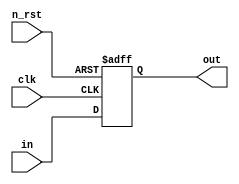
module p_register_27_bits (out, in, clk, n_rst) ;
output reg [26:0]	out ;
input	[26:0]	in ;
input			clk, n_rst ;

// flipflop 	ff_00	(out[00], in[00], clk, n_rst) ;
// flipflop 	ff_01	(out[01], in[01], clk, n_rst) ;
// flipflop 	ff_02	(out[02], in[02], clk, n_rst) ;
// flipflop 	ff_03	(out[03], in[03], clk, n_rst) ;
// flipflop 	ff_04	(out[04], in[04], clk, n_rst) ;
// flipflop 	ff_05	(out[05], in[05], clk, n_rst) ;
// flipflop 	ff_06	(out[06], in[06], clk, n_rst) ;
// flipflop 	ff_07	(out[07], in[07], clk, n_rst) ;
// flipflop 	ff_08	(out[08], in[08], clk, n_rst) ;
// flipflop 	ff_09	(out[09], in[09], clk, n_rst) ;
// flipflop 	ff_10	(out[10], in[10], clk, n_rst) ;
// flipflop 	ff_11	(out[11], in[11], clk, n_rst) ;
// flipflop 	ff_12	(out[12], in[12], clk, n_rst) ;
// flipflop 	ff_13	(out[13], in[13], clk, n_rst) ;
// flipflop 	ff_14	(out[14], in[14], clk, n_rst) ;
// flipflop 	ff_15	(out[15], in[15], clk, n_rst) ;
// flipflop 	ff_16	(out[16], in[16], clk, n_rst) ;
// flipflop 	ff_17	(out[17], in[17], clk, n_rst) ;
// flipflop 	ff_18	(out[18], in[18], clk, n_rst) ;
// flipflop 	ff_19	(out[19], in[19], clk, n_rst) ;
// flipflop 	ff_20	(out[20], in[20], clk, n_rst) ;
// flipflop 	ff_21	(out[21], in[21], clk, n_rst) ;
// flipflop 	ff_22	(out[22], in[22], clk, n_rst) ;
// flipflop 	ff_23	(out[23], in[23], clk, n_rst) ;
// flipflop 	ff_24	(out[24], in[24], clk, n_rst) ;
// flipflop 	ff_25	(out[25], in[25], clk, n_rst) ;
// flipflop 	ff_26	(out[26], in[26], clk, n_rst) ;

always @(posedge clk or negedge n_rst) begin
   if(!n_rst) begin
      out <= 0;
   end else begin
      out <= in;
   end
end

endmodule // register_27_bits